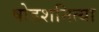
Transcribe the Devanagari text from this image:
षोडशनित्या